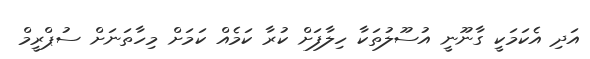
އަދި އެކަމަކީ ގާނޫނީ އުސޫލުތަކާ ހިލާފަށް ކުރާ ކަމެއް ކަމަށް މިހާތަނަށް ސުޕްރީމް